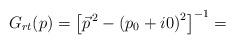
LaTeX: \begin{align*}G_{rt}(p) = {\left[ {\vec{p}}^{\,2} - {(p_0 + i0)}^2 \right]}^{-1} =\end{align*}